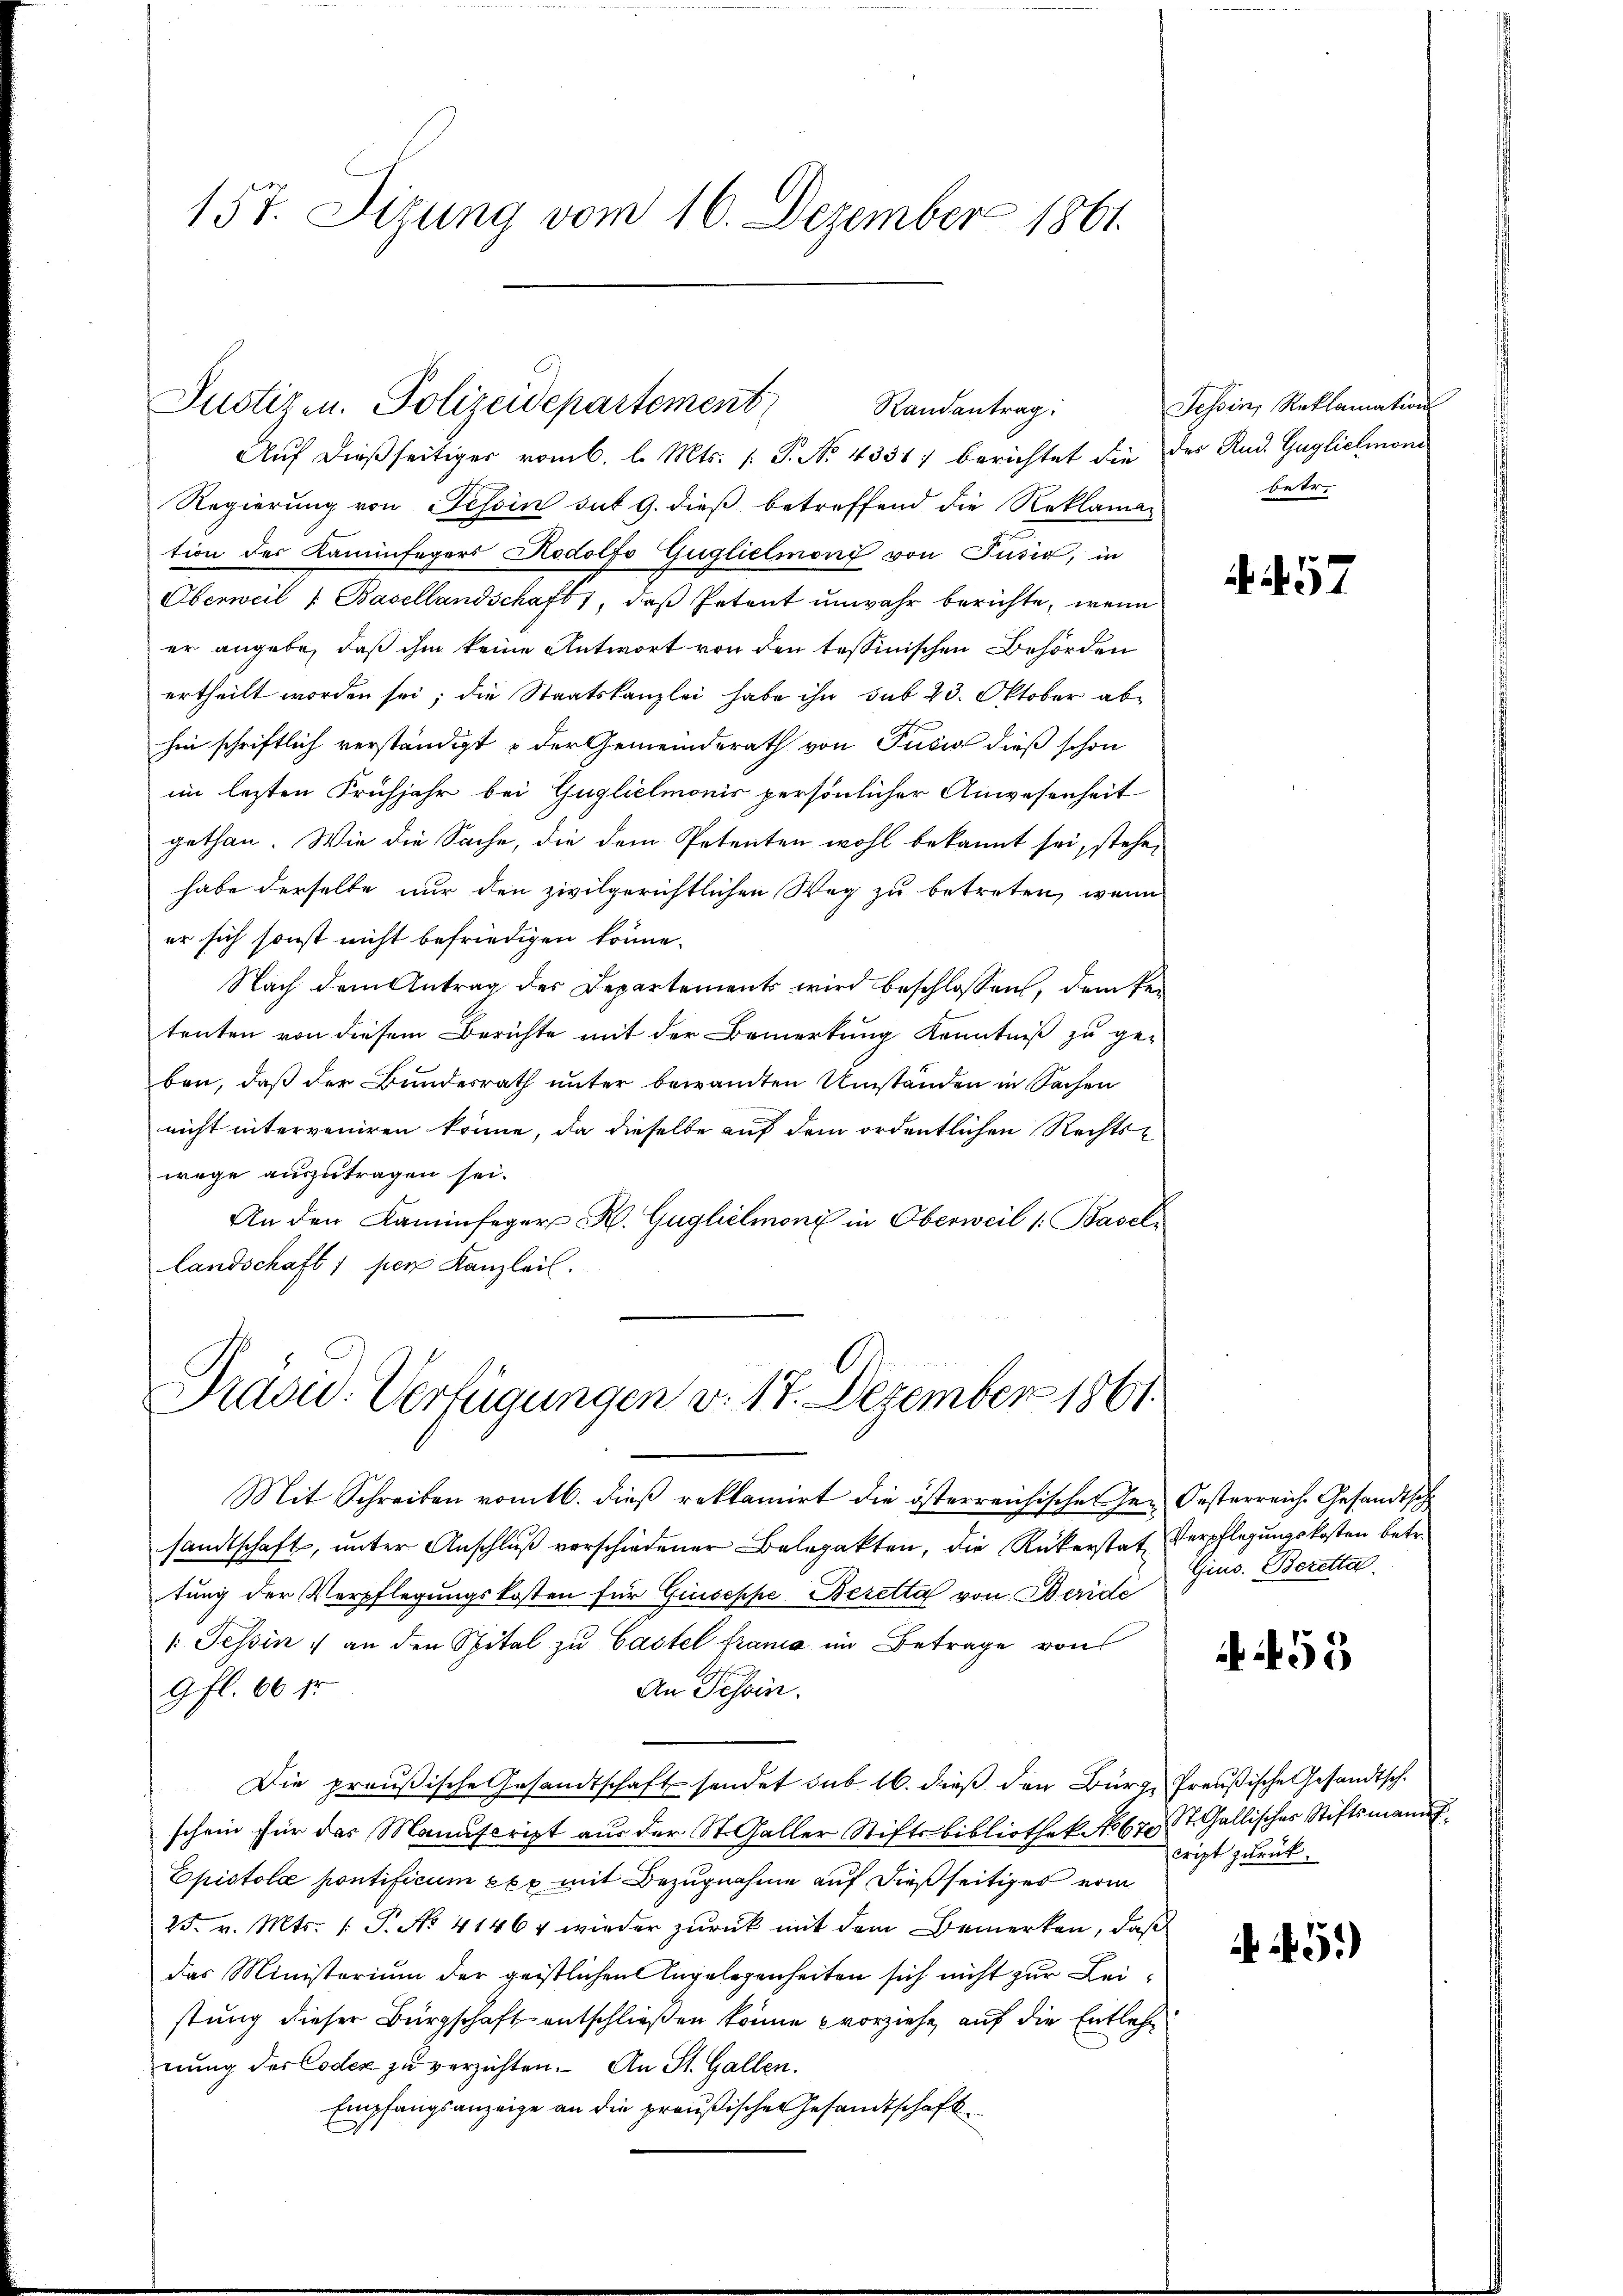
157. Sizung vom 16. Dezember 1861.

Justizen. Polizeidepartement
Randantrag:

Auf dießseitiger vom 6. l. Mts. s. S. No. 4331) berichtet die des Rud. Gugliclioni
Regierung von Tessin sut 9. dieß betreffend die Reklama-
tion der Kaminfegers Rodolf Guglielmoni von Pusić, in
Oberweil v. Basellandschaft 1, daβ Petent unwahr berichte, wenn
er angebe, daß ihm keine Antwort von den tessinischen Behörden
ertheilt worden sei; die Staatskanzlei habe ihn sub 23. Oktober abhin schriftlich verständigt & der Gemeinderath von Pusić dieß schon
im lezten Frühjahr bei Guglieimonis persönlicher Anwesenheit
gethan. Wie die Sache, die dem Petenten wohl bekannt sei, stehe,
habe derselbe nur den zivilgerichtlichen Weg zu betreten, wenn
er sich sonst nicht befriedigen könne.
Nach dem Antrag des Departements wird beschlossen, dem Vertenten von diesem Berichte mit der Bemerkung Kenntniß zu geben, daß der Bundesrath unter bewandten Umständen in Sachen
nicht interveniren könne, da dieselbe auf dem ordentlichen Rechts
wege auszutragen sei.
An den Kaminfeger K. Gugllmoni in Oberweil /: Basel
Landschaft 1 per Kanzleil.

Präsid. Verfügungen v. 17. Dezember 1861.

Mit Schreiben vom 16. dieβ reklamirt die österreichische Ge- Oesterreiche Gesandtsch
sandtschaft, unter Anschlŭβ verschiedener Belopakten, die Rükerstat Verpflegungskosten betr.
tung der Verpflegungskosten für Giuseppe, Beretta von Beride
1. Tessin, an den Spital zu Castel frana im Betrage von
An Tessin.
gfl. 60 fr
Die preußische Gesandtschaft sendet sub 16. dieß den Bürge Preußische Gesandtsch.
schein für das Manuscript aus der St. Galler Stiftsbibliothek No 670, St. Gallisches Stiftsmanns¬
Epistola pontificum exx mit Bezugnahme auf dießseitiges vom
25. v. Mts. 1 P. No 41464 wieder zurück mit dem Bemerken, daß
das Ministerium der geistlichen Angelegenheiten sich nicht zur Leistung dieser Bürgschaft entschließen könne vorziehe, auf die Entlehn
nung der Codex zu verzichten. An St. Gallen.
Empfangsanzeige an die preußischer Gesandtschaft

Tessin, Reklamation
betr.

57

Gins. Berette.

53

cript zurück.

459)